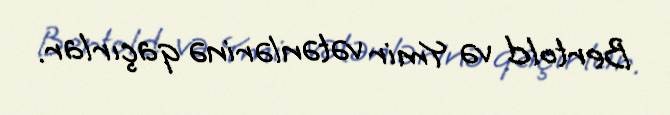
Bertold və Ymir vətənlərinə qaçırlar.